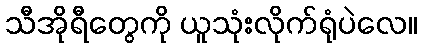
သီအိုရီတွေကို ယူသုံးလိုက်ရုံပဲလေ။